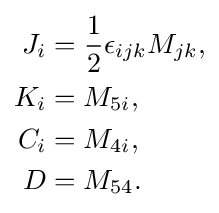
{\begin{aligned}J_{i}&={\frac {1}{2}}\epsilon _{ijk}M_{jk},\\K_{i}&=M_{5i},\\C_{i}&=M_{4i},\\D&=M_{54}.\end{aligned}}